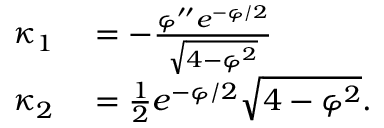
\begin{array} { r l } { \kappa _ { 1 } } & { { } = - \frac { \varphi ^ { \prime \prime } e ^ { - \varphi / 2 } } { \sqrt { 4 - \varphi ^ { 2 } } } } \\ { \kappa _ { 2 } } & { { } = \frac { 1 } { 2 } e ^ { - \varphi / 2 } \sqrt { 4 - \varphi ^ { 2 } } . } \end{array}